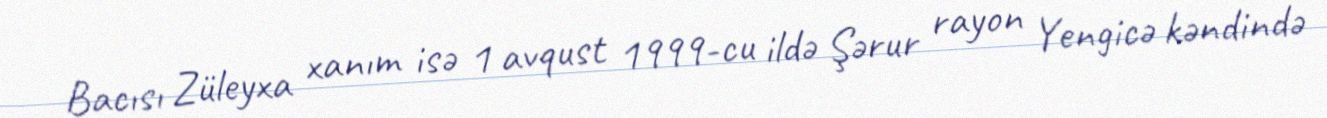
Bacısı Züleyxa xanım isə 1 avqust 1999-cu ildə Şərur rayon Yengicə kəndində